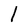
Character: l